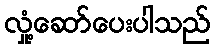
လှုံ့ဆော်ပေးပါသည်